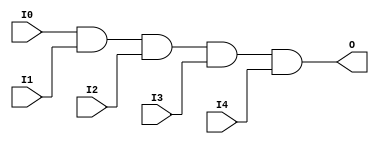
//    Xilinx Proprietary Primitive Cell X_AND5 for Verilog
//
// $Header: /devl/xcs/repo/env/Databases/CAEInterfaces/verplex_libs/data/simprims/X_AND5.v,v 1.3.198.3 2004/09/28 20:47:45 wloo Exp $
//

`celldefine
`timescale 1 ps/1 ps

module X_AND5 (O, I0, I1, I2, I3, I4);

  output O;
  input I0, I1, I2, I3, I4;

  and (O, I0, I1, I2, I3, I4);

endmodule